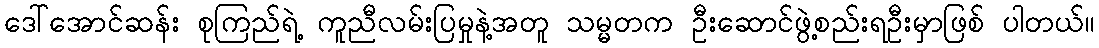
ဒေါ်အောင်ဆန်း စုကြည်ရဲ့ ကူညီလမ်းပြမှုနဲ့အတူ သမ္မတက ဦးဆောင်ဖွဲ့စည်းရဦးမှာဖြစ် ပါတယ်။